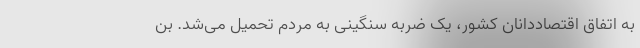
به اتفاق اقتصاددانان کشور، یک ضربه سنگینی به مردم تحمیل می‌شد. بن